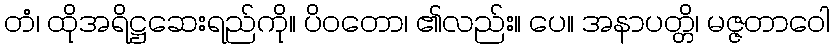
တံ၊ ထိုအရိဋ္ဌဆေးရည်ကို။ ပိဝတော၊ ၏လည်း။ ပေ။ အနာပတ္တိ၊ မဇ္ဇတာဝေါ